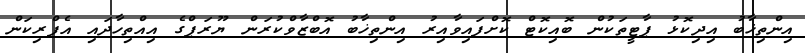
އިންތިޚާބު އިދިކޮޅު ޕާޓީތަކުން ބޮއިކޮޓް ކޮށްފައިވާއިރު އިންތިޚާބު އޮބްޒާވްކުރަން ޔޫރަޕްގެ އިއްތިހާދައި އެފްރިކަން